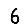
Digit: 6